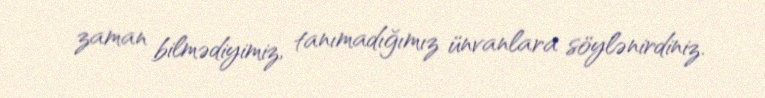
zaman bilmədiyimiz, tanımadığımız ünvanlara söylənirdiniz.